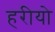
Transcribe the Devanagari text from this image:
हरीयो